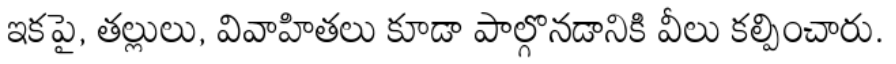
ఇకపై, తల్లులు, వివాహితలు కూడా పాల్గొనడానికి వీలు కల్పించారు.